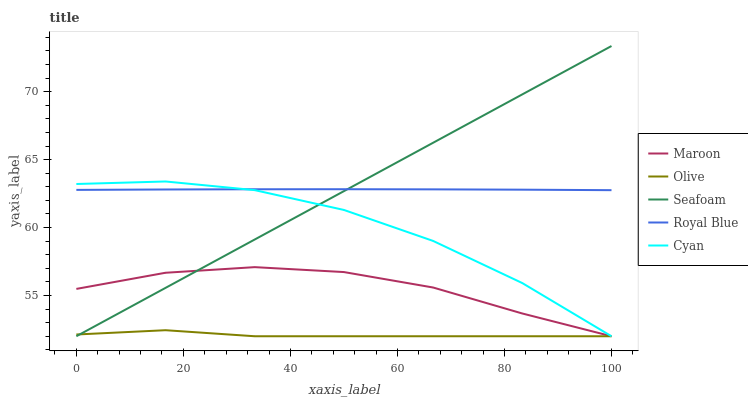
| xaxis_label | Maroon | Olive | Seafoam | Royal Blue | Cyan |
 | --- | --- | --- | --- | --- | --- |
 | 0 | 55.5 | 52.1 | 52 | 62.8 | 63.2 |
 | 16.7 | 56.7 | 52.4 | 55.6 | 62.8 | 63.4 |
 | 33.3 | 57.1 | 52 | 59.1 | 62.8 | 62.8 |
 | 50 | 56.7 | 52 | 62.7 | 62.8 | 61.3 |
 | 66.7 | 55.6 | 52 | 66.2 | 62.8 | 59 |
 | 83.3 | 53.7 | 52 | 69.8 | 62.8 | 55.9 |
 | 100 | 52 | 52 | 73.4 | 62.8 | 52 |